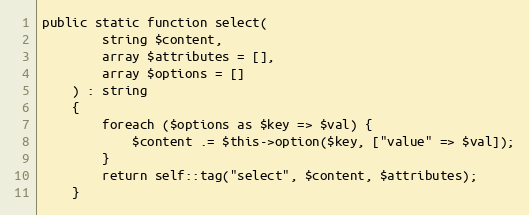
Language: PHP
public static function select(
        string $content,
        array $attributes = [],
        array $options = []
    ) : string
    {
        foreach ($options as $key => $val) {
            $content .= $this->option($key, ["value" => $val]);
        }
        return self::tag("select", $content, $attributes);
    }